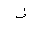
Letter: _zay